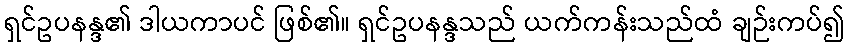
ရှင်ဥပနန္ဒ၏ ဒါယကာပင် ဖြစ်၏။ ရှင်ဥပနန္ဒသည် ယက်ကန်းသည်ထံ ချဉ်းကပ်၍